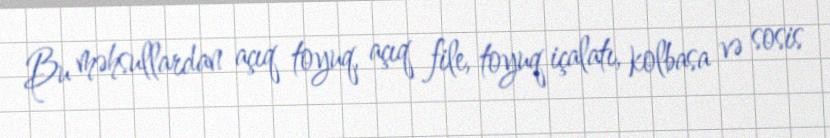
Bu məhsullardan açıq toyuq, açıq file, toyuq içalatı, kolbasa və sosis